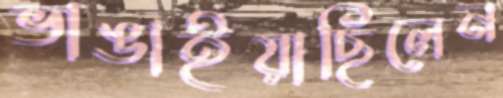
ভাঙাইয়াছিলেন